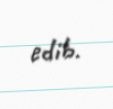
edib.